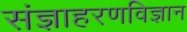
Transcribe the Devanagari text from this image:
संज्ञाहरणविज्ञान